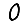
Digit: 0